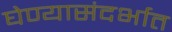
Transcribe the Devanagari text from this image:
घेण्यासंदर्भात